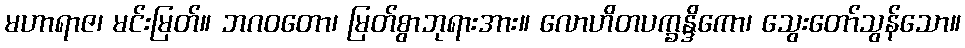
မဟာရာဇ၊ မင်းမြတ်။ ဘဂဝတော၊ မြတ်စွာဘုရားအား။ လောဟိတပက္ခန္ဒိကော၊ သွေးတော်သွန်သော။